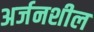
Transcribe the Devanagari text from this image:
अर्जनशील